Vaccination in Bombay 1902-1912 - 1902-1912
Year: 1902
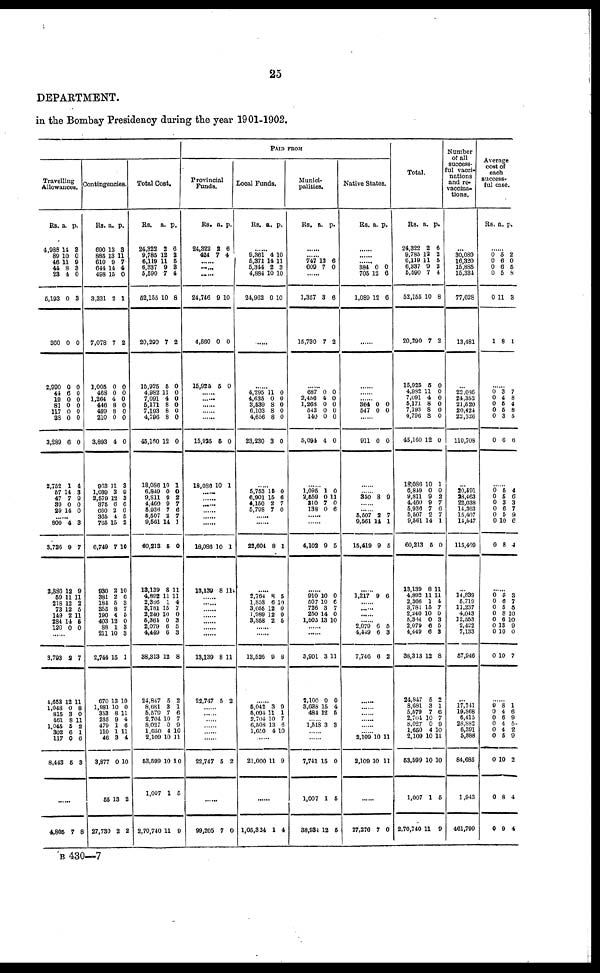
25
DEPARTMENT.
in the Bombay Presidency during the year 1901-1902.
Travelling
Allowances.
Rs.
4,988
89
46
44
23
5,193
360
2,990
44
19
81
117
38
3,289
2,752
57
47
89
29
a.
14
10
11
8
4
0
0
0
6
0
0
0
0
6
1
14
7
0
14
p.
3
0
9
3
0
3
0
0
0
0
0
0
0
0
4
3
9
0 0
......
800
3,726
2,886
59
218
73
149
284
120
4
9
12
11
12
12
2
14
0
3
7
9
11 2
5
11 5
0
......
3,793
4,653
1,048
815
461
1,045
302
117
8,443
2
12
0
3
8
5
6
0
6
7
11
8
0
11 2
1
6
3
......
4,805 7 8
Contingencies.
Rs.
690
885
610
644
498
3,331
7,078
1,005
468
1,264
446
499
210
3,893
963
1,039
2,579
375
660
365
765
6,749
930
381
184
355
190
403
88
211
2,744
670
1,981
353
235
479
110
46
3,877
55
27,730
a.
13
13
9
14
15
2
7
0
0
4
8
8
0
4
11
3
12
6
2
4
15
7
2
2
5
8
4
12
1
10
15
13
10
8
9
1
1
3
0
13
2
p.
8
11
7
4
0
1
2
0
0
0
0
0
0
0
3
9
3
6
6
5
2
10
10
6
3
7
5
0
3
3
1
10
0
11
4
6
11
4
10
2
2
Total Cost.
Rs.
24,322
9,785
6,119
6,337
5,590
52,155
20,290
15,925
4,982
7,091
5,171
7,193
4,796
45,160
18,086
6,849
9,811
4,469
5,936
5,507
9,561
60,213
13,139
4,892
2,366
8,781
2,240
5,364
2,079
4,449
38,813
24,847
8,681
6,579
2,704
8,027
1,650
2,109
53,599
1,007
2,70,740
a.
2
12
11
9
7
10
7
6
11
4
8
8
8
12
10
0
9
9
7
2
14
6
8
11
1
15
10
0
6
6
12
5
3
7
10
0
4
10
10
1
11
p.
6
2
6
8
4
8
2
0
0
0
0
0
0
0
1
0
2
7
6
7
1
0
11
11
4
7
0
3
5
3
8
2
1
6
7
9
10
11
10
5
9
PAID FROM
Provincial
Funds.
Rs.
24,322
424
a.
2
7
p.
6
4
......
......
......
24,746
4,560
15,925
9
0
5
10
0
0
......
......
......
......
15,925
18,086
6
10
0
1
......
......
......
......
......
......
18,086
13,139
10
8
1
11
......
......
......
......
......
......
......
13,139
22,747
8
5
11
2
......
......
......
......
......
......
22,747 5 2
......
99,205 7 0
Local Funds.
Rs. a. p.
......
9,361
5,371
5,344
4,884
24,962
4
14
2
10
0
10
11
3
10
10
......
......
4,295
4,635
3,539
6,103
4,656
23,230
11
0
8
8
8
3
0
0
0
0
0
0
......
5,753
6,901
4,150
5,798
15
15
2
7
0
6
7
0
......
......
22,604 8 1
......
2,764
1,858
3,055
1,989
8,858
8
6
12
12
2
5
10
0
0
5
......
......
13,528 9 8
......
5,042
5,091
2,704
6,508
1,650
3
11
10
13
4
9
1
7
6
10
......
21,000 11 9
......
1,05,324 1 4
Munici-
palities.
Rs. a. p.
......
......
747
609
12
7
6
0
......
1,357
15,730
3
7
6
2
......
687
2,456
1,268
543
140
5,094
0
4
0
0
0
4
0
0
0
0
0
0
......
1,095
2,559
310
138
1
0
7
0
0
11
0
6
......
......
4,102 9 5
......
910
507
726
250
1,505
10
10
3
14
13
0
6
7
0
10
......
......
3,901
2,100
3,638
484
3
0
15
12
11
0
4
5
...... 1,518 3 3
......
......
7,741
1,007
38,934
15
1
12
0
5
5
Native States.
Rs. a. p.
......
......
384
705
1,089
0
12
12
0
6
6
......
......
......
......
364
547
0
0
0
0
......
911 0 0
......
350 8 0
......
5,507
9,561
15,419
2
14
9
7
1
6
......
1,217 9 6
......
......
...... 2,079
4,449
7,740
6
6
6
5
3
2
......
......
......
......
......
...... 2,109
2,109
10
10
11
11
......
27,276 7 0
Total.
Rs.
24,322
9,785
6,119
6,337
5,590
52,155
20,290
15,925
4,982
7,091
5,171
7,193
4,796
45,160
18,086
6,849
9,811
4,460
5,936
5,507
9,561
60,213
13,139
4,892
2,366
3,781
2,240
6,364
2,079
4,449
38,313
24,847
8,681
5,579
2,704
8,027
1,650
2,109
53,699
1,007
2,70,740
a.
2
12
11
9
7
10
7
6
11
4
8
8
8
12
10
0
9
9
7
2
14
5
8
11
1
15
10
0
6
6
12
5
3
7
10
0
4
10
10
1
11
p.
6
2
5
3
4
8
2
0
0
0
0
0
0
0
1
0
2
7
6
7
1
0
11
11
4
7
0
3
5
3
8
2
1
6
7
9
10
11
10
5
9
Number
of all
success-
ful vacci-
nations
and re¬
vaccina-
tions.
...
30,080
16,320
15,885
15,334
77,628
13,481
......
22,036
24,352
21,520
20,421
22,326
110,708
...
20,591
28,463
22,038
14,363
15,407
14,547
115,409
...
14,839
5,719
11,237
4,043
12,553
2,422
7,133
67,046
...
17,241
19,868
6,415
28,882
6,391
5,888
84,685
1,943
461,799
Average
cost of
each
success-
ful case.
Rs. a. p.
......
0
0
0
0
0
1
5
6
6
5
11
8
2
0
5
8
3
1
......
0
0
0
0
0
0
3
4
5
5
3
6
7
8
4
8
5
6
......
0
0
0
0
0
0
0
5
5
3
6
6
10
8
4
6
3
7
9
6
4
......
0
0
0
0
0
0
0
0
5
6
5
8
6
13
10
10
3
7
5
10
10
0
0
7
......
9
0
0
0
0
0
0
0
0
8
4
6
4
4
5
10
8
9
1
6
9
5
2
9
2
4
4
B 430—7